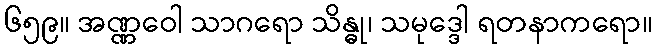
၆၅၉။ အဏ္ဏဝေါ သာဂရော သိန္ဓု၊ သမုဒ္ဒေါ ရတနာကရော။